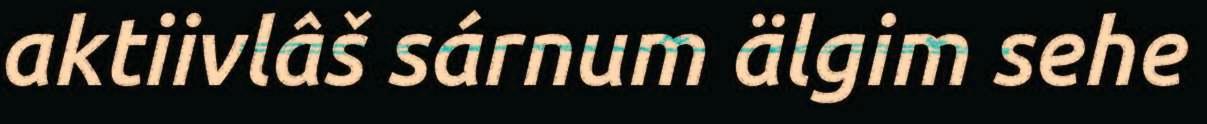
aktiivlâš sárnum älgim sehe